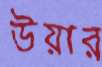
উয়ার